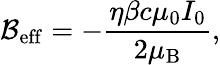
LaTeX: \mathcal{B}_{\mathrm{eff}}=-\frac{\eta\beta c\mu_{0}I_{0}}{2\mu_{\mathrm{B}}},